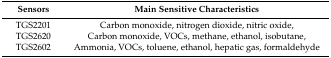
<table><thead><tr><td><b>Sensors</b></td><td><b>Main Sensitive Characteristics</b></td></tr></thead><tbody><tr><td>TGS2201</td><td>Carbon monoxide, nitrogen dioxide, nitric oxide,</td></tr><tr><td>TGS2620</td><td>Carbon monoxide, VOCs, methane, ethanol, isobutane,</td></tr><tr><td>TGS2602</td><td>Ammonia, VOCs, toluene, ethanol, hepatic gas, formaldehyde</td></tr></tbody></table>